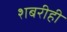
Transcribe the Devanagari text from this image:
शबरीही